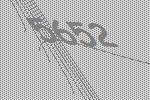
5652